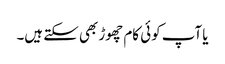
یا آپ کوئی کام چھوڑ بھی سکتے ہیں۔